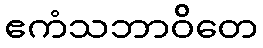
ဧကံသဘာဝိတေ